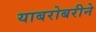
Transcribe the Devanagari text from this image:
याबरोबरीने